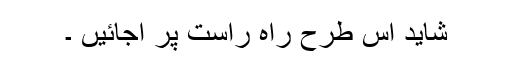
شاید اس طرح راہ راست پر آجائیں ۔